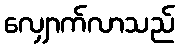
လျှောက်လာသည်